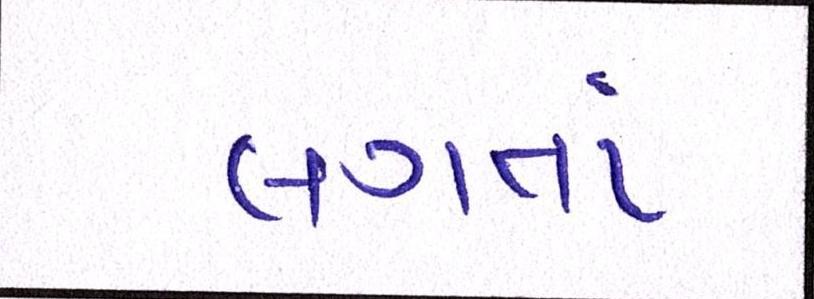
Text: લગતાં